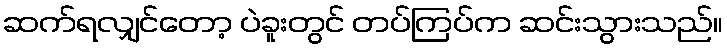
ဆက်ရလျှင်တော့ ပဲခူးတွင် တပ်ကြပ်က ဆင်းသွားသည်။